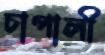
চাপালী